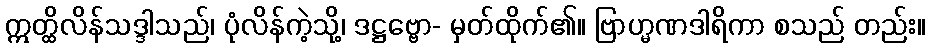
ဣတ္ထိလိန်သဒ္ဒါသည်၊ ပုံလိန်ကဲ့သို့၊ ဒဋ္ဌဗ္ဗော- မှတ်ထိုက်၏။ ဗြာဟ္မဏဒါရိကာ စသည် တည်း။